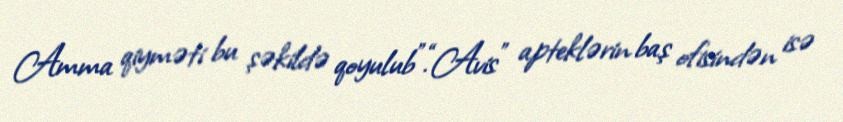
Amma qiyməti bu şəkildə qoyulub”.“Avis” apteklərin baş ofisindən isə